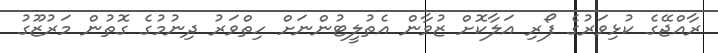
ރާއްޖޭގެ ކުޅިވަރުގެ ފޯރި އަލާކޮށް ޒުވާން އެތުލީޓުންނަށް ހިތްވަރު ދިނުމުގެ ގޮތުން މަރުޒޫގު